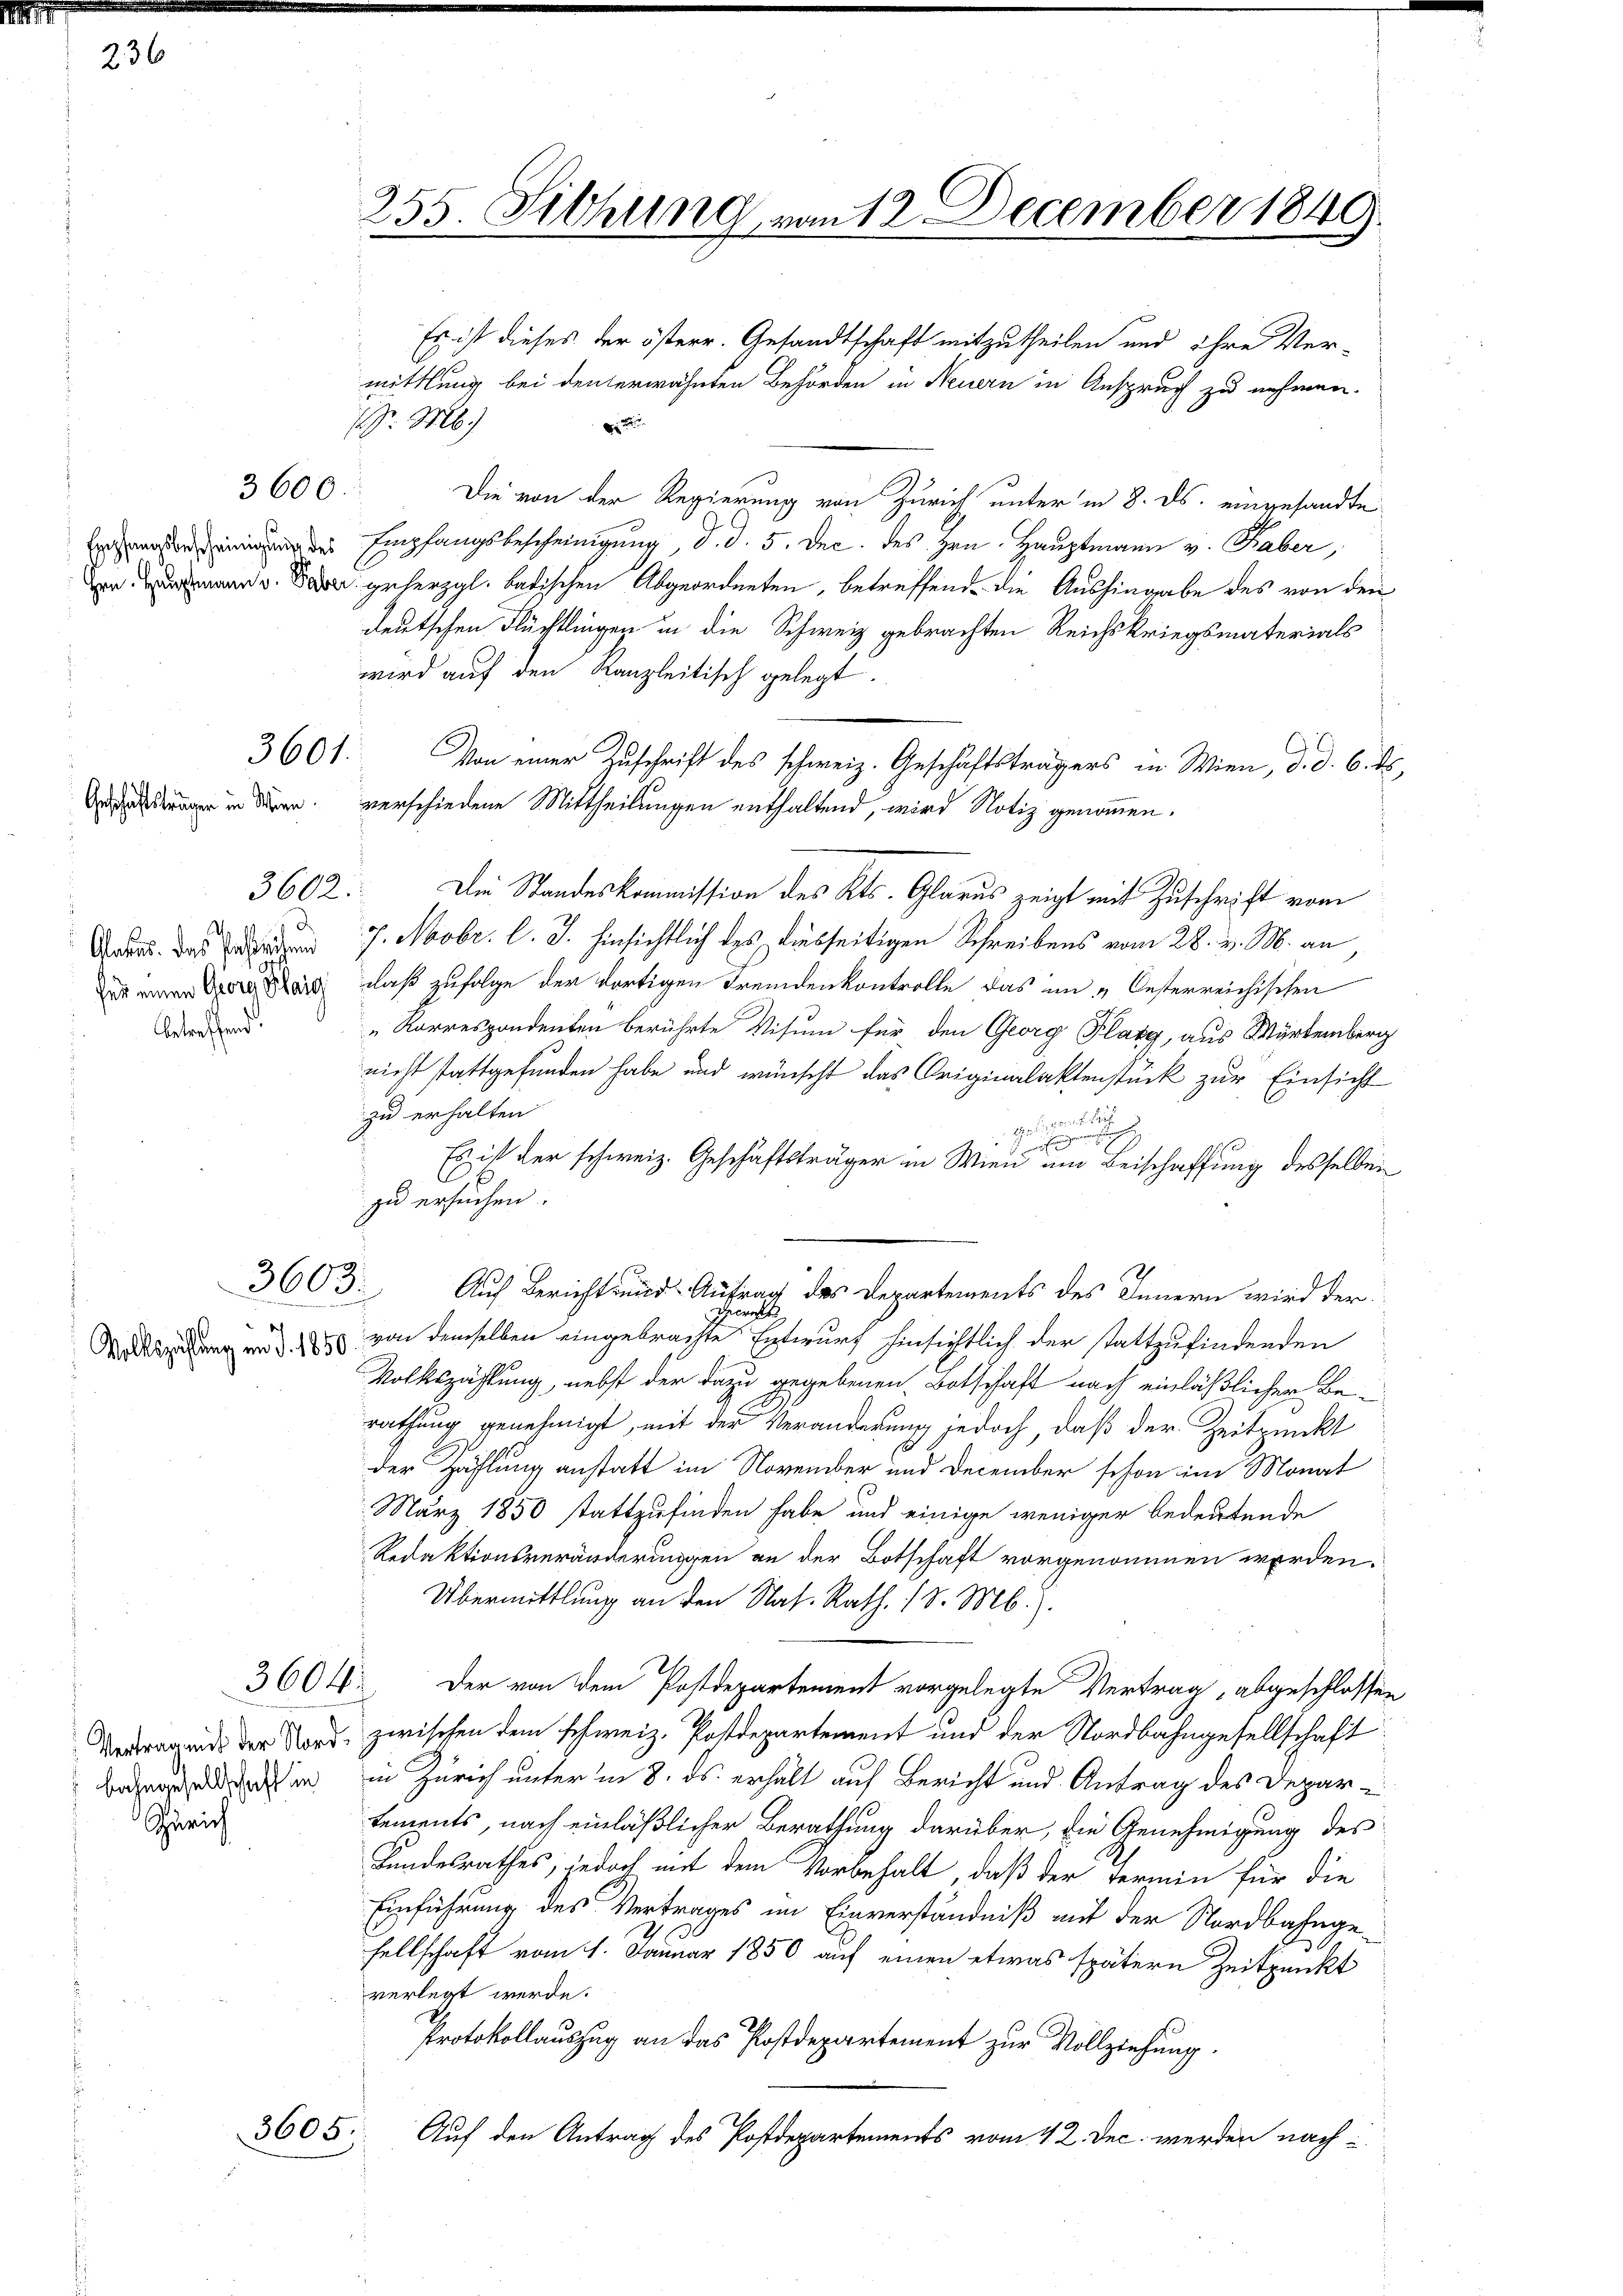
236

Empfangsbescheinigung des

Geschäftsträger in Wien.

Alasius. Das bestehen
für einen Georg Plaid
betreffend.

3603.

3600.

3601.

3604.

bahngesellschaft in
Zürich

3605.

255. Sitzung von 12. December 1848
i

Es ist dieses der österr. Gesandtschaft mitzutheilen und ihre Ver-
mittlung bei den erwähnten Behörden in Neuern in Anspruch zu nehmen.
P. M.)

Die von der Regierung von Zürich unter in 8. ds. eingesandte
Empfangsbescheinigung, d. d. 5. Dec. des Hrn. Hauptmann v. Haber,
Von dann v. Bad geherzgl. Badischen Abgeordneten, betreffend die Aushingabe des von den
deutschen Flüchtlingen in die Schweiz gebrachten Reichskriegsmaterials
wird auf den Kanzleitisch gelegt.
Von einer Zuschrift des schweiz. Geschäftsträgers in Wien, d. d. 6. ds.
verschiedene Mittheilungen enthaltend, wird Notiz genommen.
3602. Die Standeskommission des Kts. Glarus zeigt mit Zuschrift vom
7. Novbr. l. J. hinsichtlich des diesseitigen Schreibens vom 28. v. M. an
daß zufolge der dortigen Fremdenkontrolle das im „Oesterreichischen
„Korrespondenten berührte Visum für den Georg Platz, aus Würtemberg
nicht stattgefunden habe und wünscht das Originalaktenstück zur Einsicht
zu erhalten.
gesungen Rech
h
Es ist der schweiz. Geschäftsträger in Wien um Beischaffung desselben
.
zu ersuchen.
Auch Bericht und Antrag des Departements des Innern wird der
Zürche
Mittheidung in d. 170 von demselben eingebrachte Entwurf hinsichtlich der stattzufindenden
Volkszählung, nebst der dazu gegebenen Botschaft nach einläßlicher Berathung genehmigt, mit der Veränderung jedoch, daß der Zeitpunkt
der Zählung anstatt im November und December schon im Monat
März 1850 stattzufinden habe und einige weniger bedeutende
Redaktionsveränderungen an der Botschaft vorgenommen werden.
Übermittlung an den Nas. Rath, 18. Mb.).
Der von dem Postdepartement vorgelegte Vertrag, abgeschlossen
Vertragend der Nord, zwischen dem schweiz. Postdepartement und der Nordbahngesellschaft
in Zürich unter in 8. ds. erhält auf Bericht und Antrag des Depar-
tements, nach einläßlicher Berathung darüber, die Genehmigung des
Kundesrathes, jedoch mit dem Vorbehalt, daß der Fermin für die
Einführung des Vertrages im Einverständniß auf der Nordbahngesellschaft vom 1. Januar 1850 auf einen etwas spätern Zeitpunkt
verlegt werde.
Protokollauszug an das Postdepartement zur Vollziehung.
Auf den Antrag des Postdepartements vom 4 2. Dec. werden nach